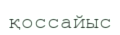
қоссайыс